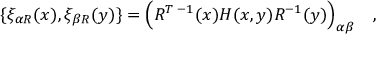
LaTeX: \{ \xi _ { \alpha R } ( x ) , \xi _ { \beta R } ( y ) \} = \Bigl ( R ^ { T \; - 1 } ( x ) { \cal H } ( x , y ) R ^ { - 1 } ( y ) \Bigr ) _ { \alpha \beta } \quad ,